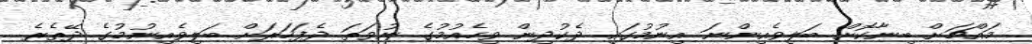
މައްޗަށް ބިނާކޮށް ބަލިވެއިންނަ އިނުމުގައި ދެކުދިން ވިހެއުމުގެ ނުވަތަ ދެފަހަރަށް ބަލިވެއިނުމުގެ ދޭތެރެ